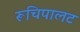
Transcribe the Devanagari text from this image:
रूचिपालट